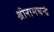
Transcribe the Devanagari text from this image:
श्रीरामचन्द्रं